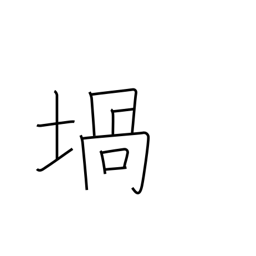
Meaning: crucible